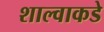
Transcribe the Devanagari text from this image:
शाल्वाकडे